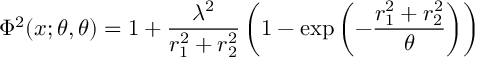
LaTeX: \Phi ^ { 2 } ( x ; \theta , \theta ) = 1 + \frac { \lambda ^ { 2 } } { r _ { 1 } ^ { 2 } + r _ { 2 } ^ { 2 } } \left( 1 - \exp \left( - \frac { r _ { 1 } ^ { 2 } + r _ { 2 } ^ { 2 } } { \theta } \right) \right)